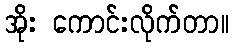
အိုး ကောင်းလိုက်တာ။